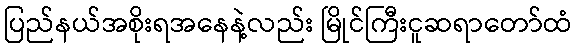
ပြည်နယ်အစိုးရအနေနဲ့လည်း မြိုင်ကြီးငူဆရာတော်ထံ